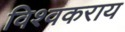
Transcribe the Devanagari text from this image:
विश्वकराय